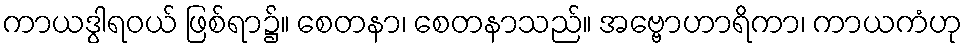
ကာယဒွါရဝယ် ဖြစ်ရာ၌။ စေတနာ၊ စေတနာသည်။ အဗ္ဗောဟာရိကာ၊ ကာယကံဟု